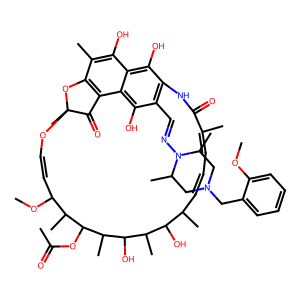
SMILES: COc1ccccc1CN1CC(C)N(N=Cc2c3c(O)c4c(O)c(C)c5c(c4c2O)C(=O)C(C)(OC=CC(OC)C(C)C(OC(C)=O)C(C)C(O)C(C)C(O)C(C)C=CC=C(C)C(=O)N3)O5)C(C)C1
Inhibits HIV replication: No